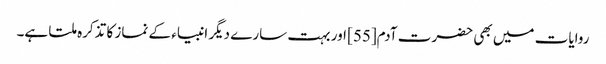
روایات میں بھی حضرت آدم[55] اور بہت سارے دیگر انبیاء کے نماز کا تذکرہ ملتا ہے۔